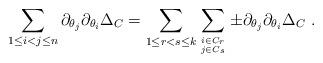
LaTeX: \begin{align*} \sum_{1\le i<j\le n} \partial_{\theta_j}\partial_{\theta_i}\Delta_C &= \sum_{1\le r<s\le k} \sum_{i\in C_{r} \atop j\in C_{s}} \pm \partial_{\theta_j}\partial_{\theta_i}\Delta_C~.\end{align*}